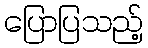
ပြောပြသည့်